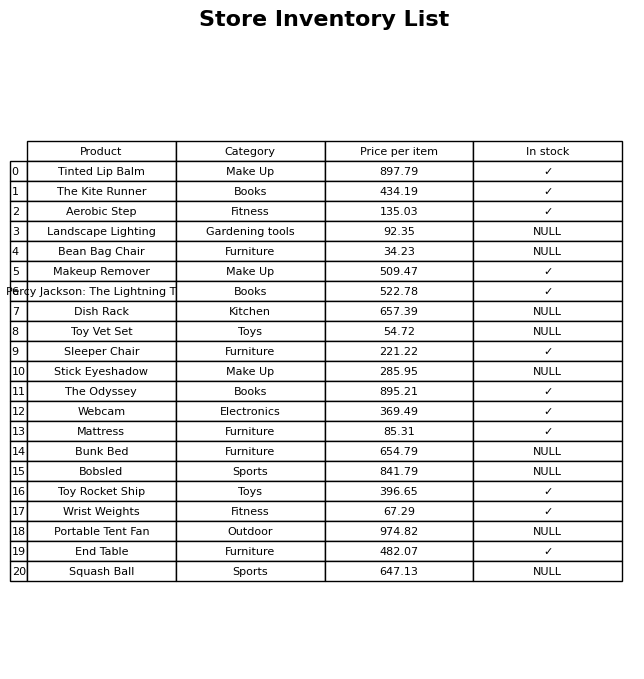
question: Which products are currently out of stock?
answer: Landscape Lighting, Bean Bag Chair, Dish Rack, Toy Vet Set, Stick Eyeshadow, Bunk Bed, Bobsled, Portable Tent Fan, Squash Ball